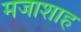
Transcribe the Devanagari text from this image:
मजाशाह